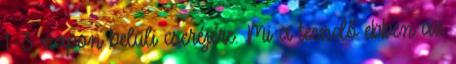
1-3 napon belüli cseréjére. Mi a teendő ebben az